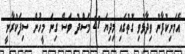
އެމަނިކުފާނު ވިދާޅުވި ގޮތުގައި މިދިޔަ 21 މަސްދު ވަސް ގިނަ މީހުން ސިފަކުރާނީ